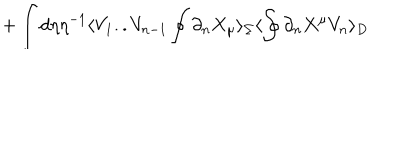
+ \int d \eta \eta ^ { - 1 } \langle V _ { 1 } . . V _ { n - 1 } \oint \partial _ { n } X _ { \mu } \rangle _ { \Sigma } \langle \oint \partial _ { n } X ^ { \mu } V _ { n } \rangle _ { D }